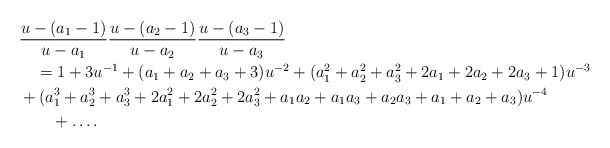
\begin{align*}&\frac{u-(a_1-1)}{u-a_1}\frac{u-(a_2-1)}{u-a_2} \frac{u-(a_3-1)}{u-a_3}\\&\quad=1+3u^{-1}+(a_1+a_2+a_3+3)u^{-2}+(a_1^2+a_2^2+a_3^2+2a_1+2a_2+2a_3+1)u^{-3}\\&+(a_1^3+a_2^3+a_3^3+2a_1^2+2a_2^2+2a_3^2+a_1a_2+a_1a_3+a_2a_3+a_1+a_2+a_3)u^{-4}\\&\qquad+\ldots.\end{align*}